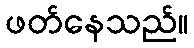
ဖတ်နေသည်။